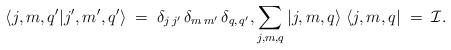
LaTeX: \begin{align*}\langle j,m, q' | j', m', q' \rangle\; =\; \delta_{j\,j'}\, \delta_{m\, m'}\, \delta_{q,\, q'},\sum_{ j, m, q} |j,m, q\rangle\; \langle j,m, q|\; =\; {\cal I} .\end{align*}